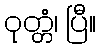
ဝုတ္တံ၊ ပြီ။